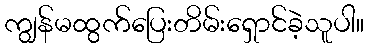
ကျွန်မထွက်ပြေးတိမ်းရှောင်ခဲ့သူပါ။